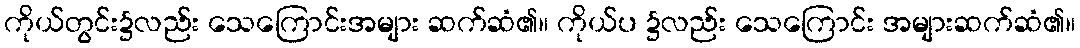
ကိုယ်တွင်း၌လည်း သေကြောင်းအများ ဆက်ဆံ၏။ ကိုယ်ပ ၌လည်း သေကြောင်း အများဆက်ဆံ၏။